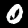
Digit: 0